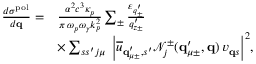
\begin{array} { r l } { \frac { d \sigma ^ { \mathrm { p o l } } } { d { \bf q } } = } & { \frac { \alpha ^ { 2 } c ^ { 3 } \kappa _ { p } } { \pi \, \omega _ { p } \omega _ { \gamma } k _ { p } ^ { 2 } } \sum _ { \pm } \frac { \varepsilon _ { q _ { \pm } ^ { \prime } } } { q _ { z \pm } ^ { \prime } } } \\ & { \times \sum _ { s s ^ { \prime } j \mu } \; \Big | \overline { { u } } _ { { \bf q } _ { \mu \pm } ^ { \prime } , s ^ { \prime } } \mathcal { N } _ { j } ^ { \pm } ( { \bf q } _ { \mu \pm } ^ { \prime } , { \bf q } ) \, v _ { { \bf q } s } \Big | ^ { 2 } , } \end{array}